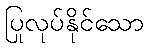
ပြုလုပ်နိုင်သော